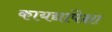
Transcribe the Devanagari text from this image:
कायद्यांपेक्षा